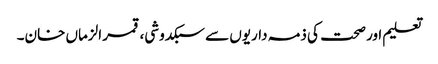
تعلیم اور صحت کی ذمہ داریوں سے سبکدوشی، قمر الزماں خان۔